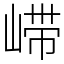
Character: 𫶇